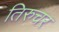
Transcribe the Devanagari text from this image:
तिरुचर